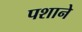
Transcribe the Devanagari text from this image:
पशाने